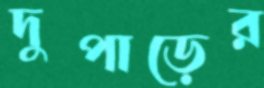
দুপাড়ের